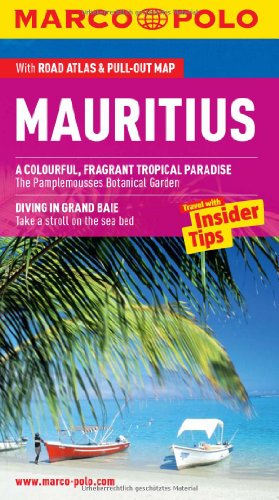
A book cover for Mauritius Marco Polo Guide (Marco Polo Guides); Marco Polo Travel; Travel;